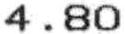
4.80